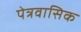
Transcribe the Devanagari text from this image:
पेत्रवासिक